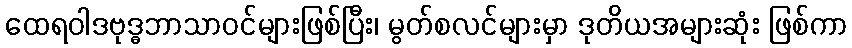
ထေရဝါဒဗုဒ္ဓဘာသာဝင်များဖြစ်ပြီး၊ မွတ်စလင်များမှာ ဒုတိယအများဆုံး ဖြစ်ကာ